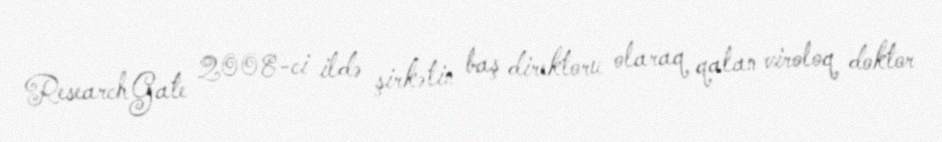
ResearchGate 2008-ci ildə şirkətin baş direktoru olaraq qalan viroloq doktor